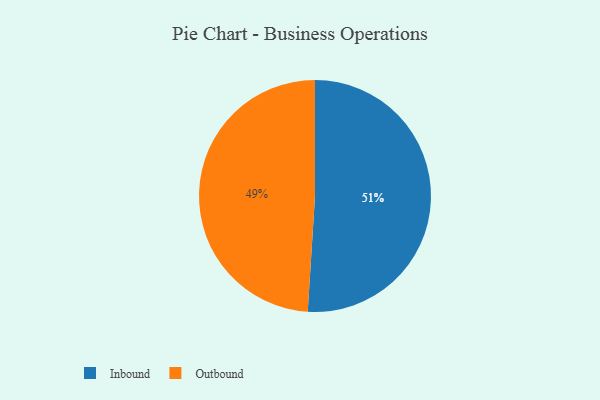
{"axis": {"x": "Category", "y": "Percentage"}, "legend": ["Inbound", "Outbound"], "data": [{"x": "Inbound", "y": 51, "type": "Inbound"}, {"x": "Outbound", "y": 49, "type": "Outbound"}]}